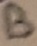
Text: B